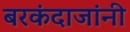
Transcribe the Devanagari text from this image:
बरकंदाजांनी